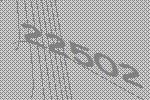
22502